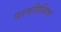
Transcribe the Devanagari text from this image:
परमविशिष्ठ